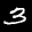
Label: 3